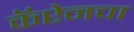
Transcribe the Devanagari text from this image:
कॅप्टेनचा